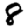
Digit: 8